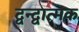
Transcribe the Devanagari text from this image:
द्वन्द्वात्मक